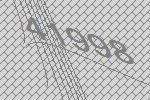
41998